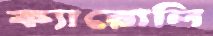
ক্যারোলি